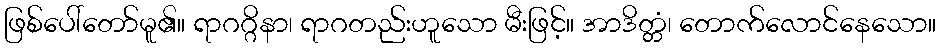
ဖြစ်ပေါ်တော်မူ၏။ ရာဂဂ္ဂိနာ၊ ရာဂတည်းဟူသော မီးဖြင့်။ အာဒိတ္တံ၊ တောက်လောင်နေသော။